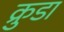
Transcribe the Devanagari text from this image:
क्रुडा